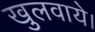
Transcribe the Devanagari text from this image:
खुलवाये।